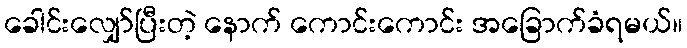
ခေါင်းလျှော်ပြီးတဲ့ နောက် ကောင်းကောင်း အခြောက်ခံရမယ်။